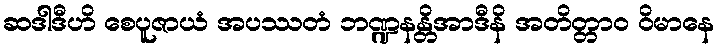
ဆဒါဒီဟိ စေပူဇာယံ အပဿတံ ဘဏ္ဍနန္တိအာဒီနိ အတိတ္တာဝ ဝိမာနေ